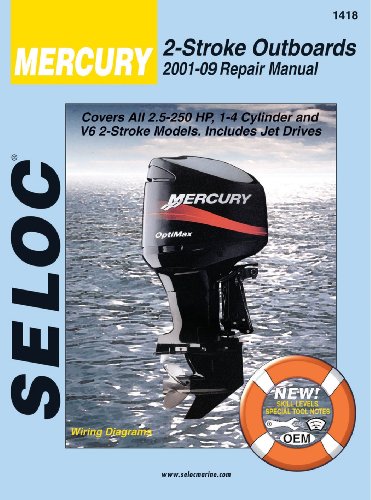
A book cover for Mercury & Mariner Outboards 2001-2014 All 2 Stroke Models; Seloc; Engineering & Transportation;